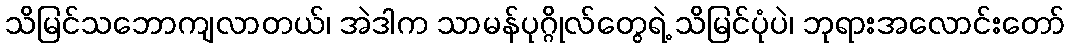
သိမြင်သဘောကျလာတယ်၊ အဲဒါက သာမန်ပုဂ္ဂိုလ်တွေရဲ့ သိမြင်ပုံပဲ၊ ဘုရားအလောင်းတော်